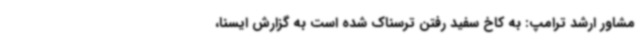
مشاور ارشد ترامپ: به کاخ سفید رفتن ترسناک شده است به گزارش ایسنا،